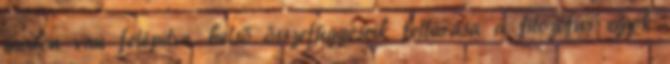
módon van felépítve, belső összefüggéseik feltárása a filozófus egyik